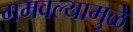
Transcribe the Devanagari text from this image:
गमवल्यामुळे